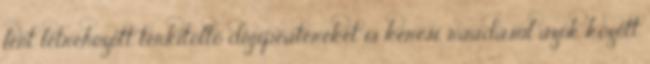
fent létrehozott térkitöltő digipeatereket is keresi, ráadásul azok között